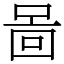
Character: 啚